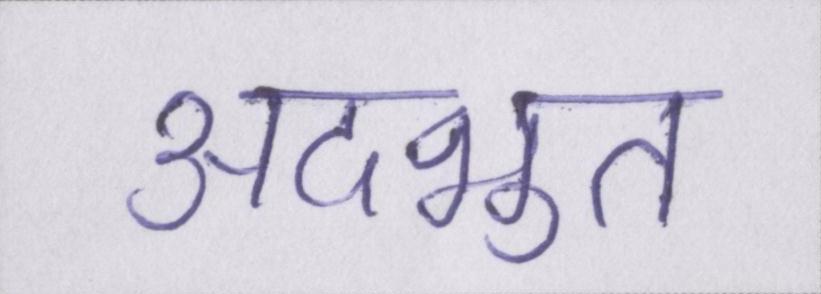
अदभुत